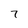
Character: 7